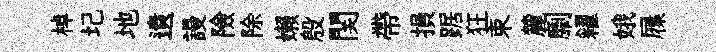
棹圮地遺謾險除嬾殷関帶損踞狂束麓劘糴娥屧